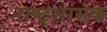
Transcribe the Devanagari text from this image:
राष्ट्रशासक